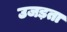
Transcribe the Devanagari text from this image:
उजड़ता